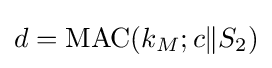
d={\textrm {MAC}}(k_{M};c\|S_{2})